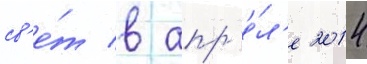
св'е́т в апр'е́л'е 2014